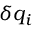
\delta { q } _ { i }